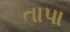
તાપા